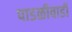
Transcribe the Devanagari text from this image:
पाडळीवाडी